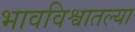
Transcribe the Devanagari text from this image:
भावविश्वातल्या